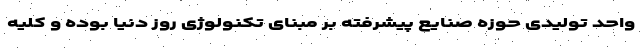
واحد تولیدی حوزه صنایع پیشرفته بر مبنای تکنولوژی روز دنیا بوده و کلیه